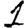
Digit: 1